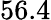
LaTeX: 56.4